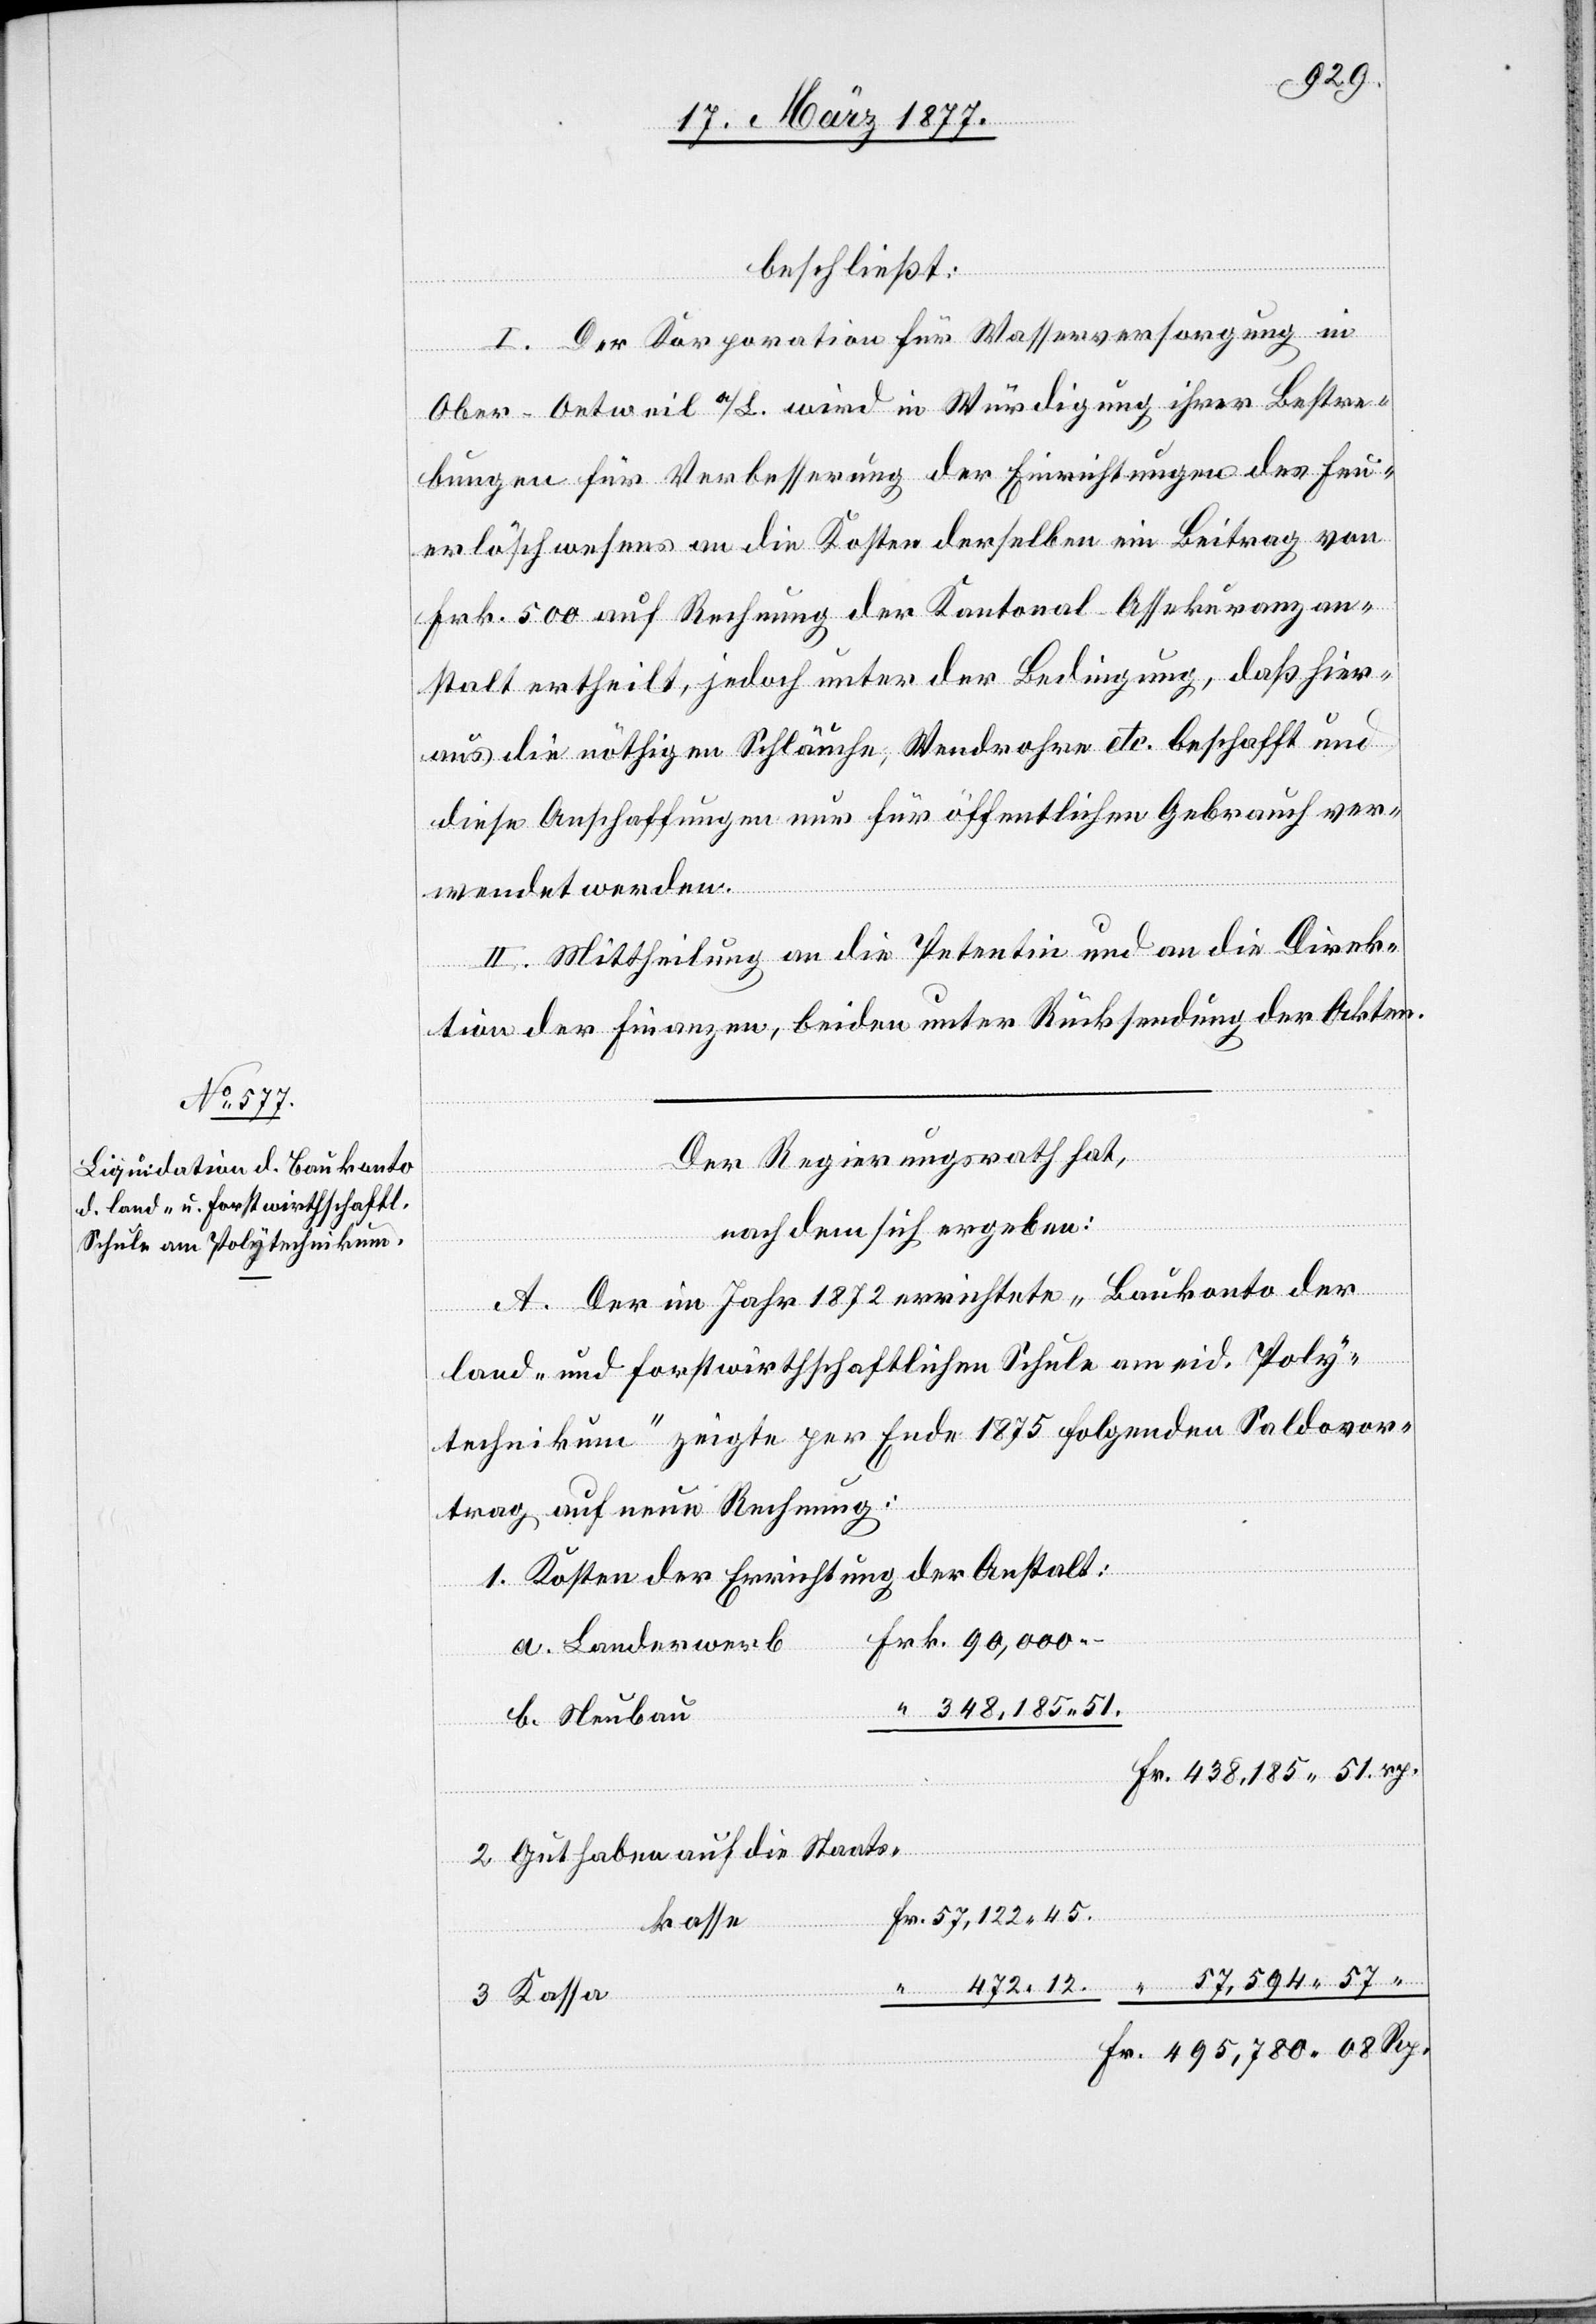
beschließt:
“
I. Der Korporation für Wasserversorgung in
Ober-Oetweil a/L. wird in Würdigung ihrer Bestre¬
bungen für Verbesserung der Einrichtungen des Feu¬
erlöschwesens an die Kosten derselben ein Beitrag von
Frk. 500 auf Rechnung der Kantonal-Assekuranzan¬
stalt ertheilt, jedoch unter der Bedingung, daß hier¬
aus die nöthigen Schläuche, Wendrohre etc. beschafft und
diese Anschaffungen nur für öffentlichen Gebrauch ver¬
wendet werden.
II. Mittheilung an die Petentin und an die Direk¬
tion der Finanzen, beiden unter Rücksendung der Akten.
Der Regierungsrath hat,
nachdem sich ergeben:
A. Der im Jahr 1872 errichtete „Baukonto der
land- und forstwirthschaftlichen Schule am eid. Poly¬
technikum“ zeigte per Ende 1875 folgenden Saldovor¬
trag auf neue Rechnung:
1. Kosten der Errichtung der Anstalt
a. Landerwerb
348,185 51
b. Neubau
2. Guthaben auf die Staats¬
kasse
3. Kassa